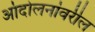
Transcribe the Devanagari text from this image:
आंदोलनांवरील